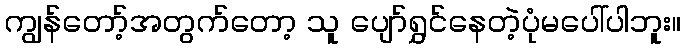
ကျွန်တော့်အတွက်တော့ သူ ပျော်ရွှင်နေတဲ့ပုံမပေါ်ပါဘူး။